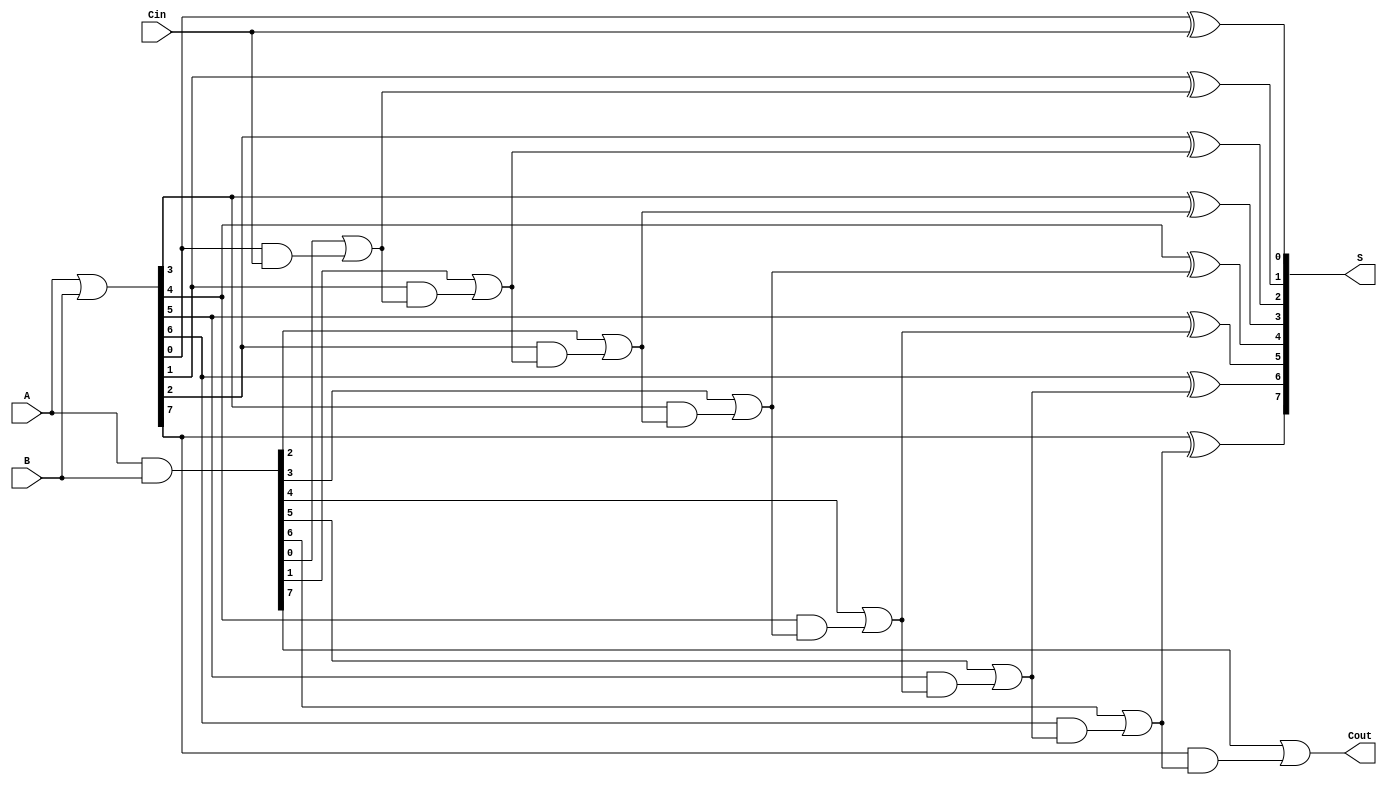
module VariableLatencyCLA #(
    parameter N = 8  // Parameter for bit width of A and B
)(
    input wire [N-1:0] A,    // First n-bit operand
    input wire [N-1:0] B,    // Second n-bit operand
    input wire Cin,           // Input carry
    output wire [N-1:0] S,    // Sum output
    output wire Cout          // Carry out
);

    wire [N-1:0] G;  // Generate signals
    wire [N-1:0] P;  // Propagate signals
    wire [N:0] C;    // Carry signals

    // Generate and Propagate Logic
    assign G = A & B;       // Generate
    assign P = A | B;       // Propagate

    // Carry Lookahead Logic
    assign C[0] = Cin;                 // Initial carry
    genvar i;

    generate
        for (i = 1; i < N; i = i + 1) begin : carry_generation
            assign C[i] = G[i-1] | (P[i-1] & C[i-1]);
        end
    endgenerate

    assign Cout = G[N-1] | (P[N-1] & C[N-1]); // Carry out for the last bit

    // Sum Generation
    generate
        for (i = 0; i < N; i = i + 1) begin : sum_generation
            assign S[i] = P[i] ^ C[i];
        end
    endgenerate

endmodule